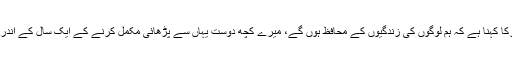
جب کہ میتھیو ایونزکا کہنا ہے کہ ہم لوگوں کی زندگیوں کے محافظ ہوں گے، میرے کچھ دوست یہاں سے پڑھائی مکمل کرنے کے ایک سال کے اندر عراق جا رہے ہیں۔